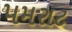
પમરાટ